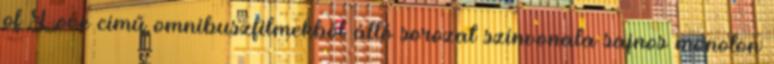
of Love című omnibuszfilmekből álló sorozat színvonala sajnos monoton